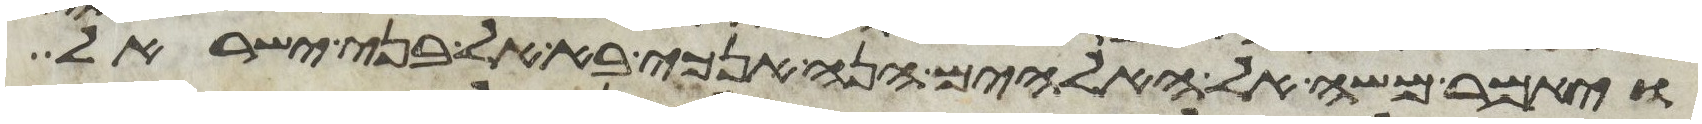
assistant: ויאמר משה אל האלהים הנה אנכי בא אל בני ישראל